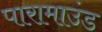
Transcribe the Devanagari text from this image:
पारामाउंड